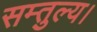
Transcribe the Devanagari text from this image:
सम्तुल्य।